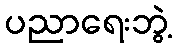
ပညာရေးဘွဲ့